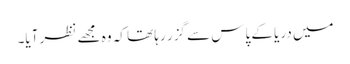
میں دریا کے پاس سے گزر رہا تھا کہ وہ مجھے نظر آیا۔